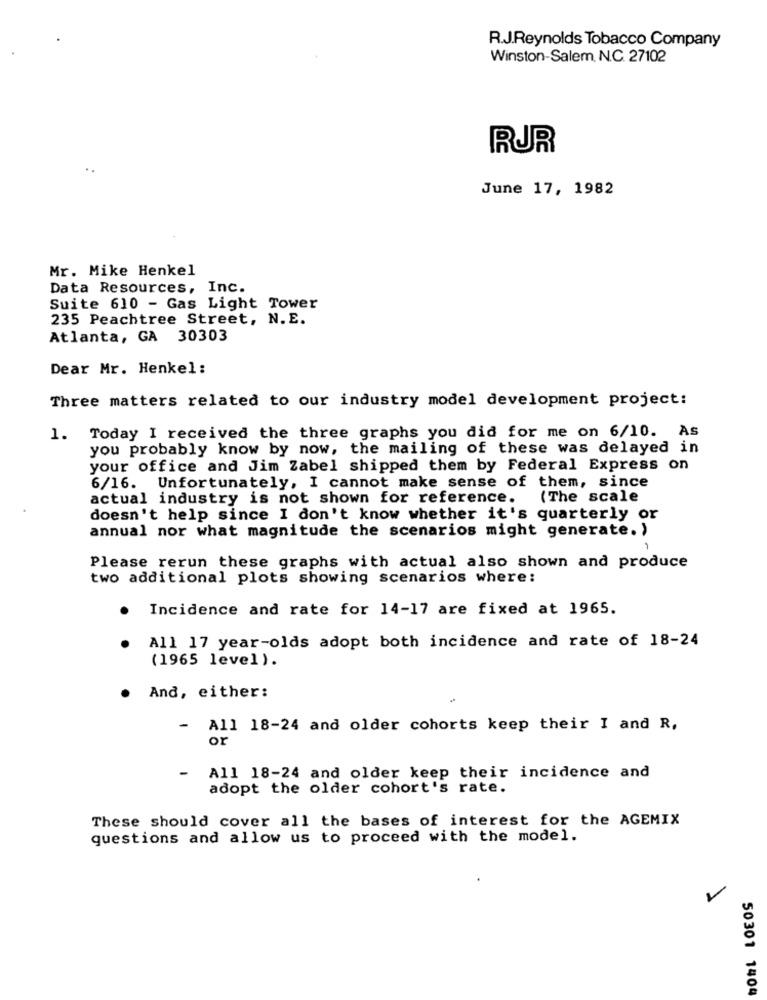
R.J.Reynolds Tobacco Company
Winston-Salem, N.C. 27102
RUR
..
June 17, 1982
Mr. Mike Henkel
Data Resources, Inc.
Suite 610 - Gas Light Tower
235 Peachtree Street, N.E.
Atlanta, GA 30303
Dear Mr. Henkel:
Three matters related to our industry model development project:
1.
Today I received the three graphs you did for me on 6/10. As
you probably know by now, the mailing of these was delayed in
your office and Jim Zabel shipped them by Federal Express on
6/16. Unfortunately, I cannot make sense of them, since
actual industry is not shown for reference.
(The scale
doesn't help since I don't know whether it's quarterly or
annual nor what magnitude the scenarios might generate. )
Please rerun these graphs with actual also shown and produce
two additional plots showing scenarios where:
Incidence and rate for 14-17 are fixed at 1965.
All 17 year-olds adopt both incidence and rate of 18-24
(1965 level).
And, either:
- All 18-24 and older cohorts keep their I and R,
or
- All 18-24 and older keep their incidence and
adopt the older cohort's rate.
These should cover all the bases of interest for the AGEMIX
questions and allow us to proceed with the model.
50301 1404